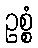
ဥစ္စံ